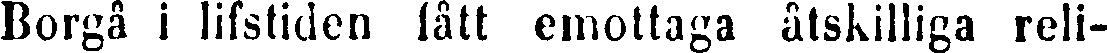
Borgå i lifstiden fått emottaga åtskilliga reli-